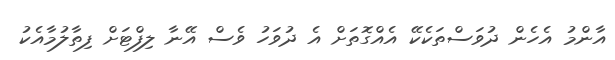
އާންމު އެހެން ދުވަސްތަކެކޭ އެއްގޮތަށް އެ ދުވަހު ވެސް އޭނާ ލިފްޓަށް ފިތާލުމާއެކު